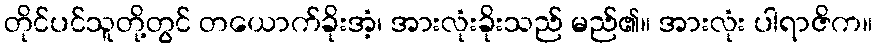
တိုင်ပင်သူတို့တွင် တယောက်ခိုးအံ့၊ အားလုံးခိုးသည် မည်၏။ အားလုံး ပါရာဇိက။